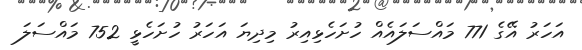
އަހަރު އޭގެ 771 މައްސަލައެއް ހުށަހެޅިއިރު މިދިޔަ އަހަރު ހުށަހެޅީ 752 މައްސަލަ